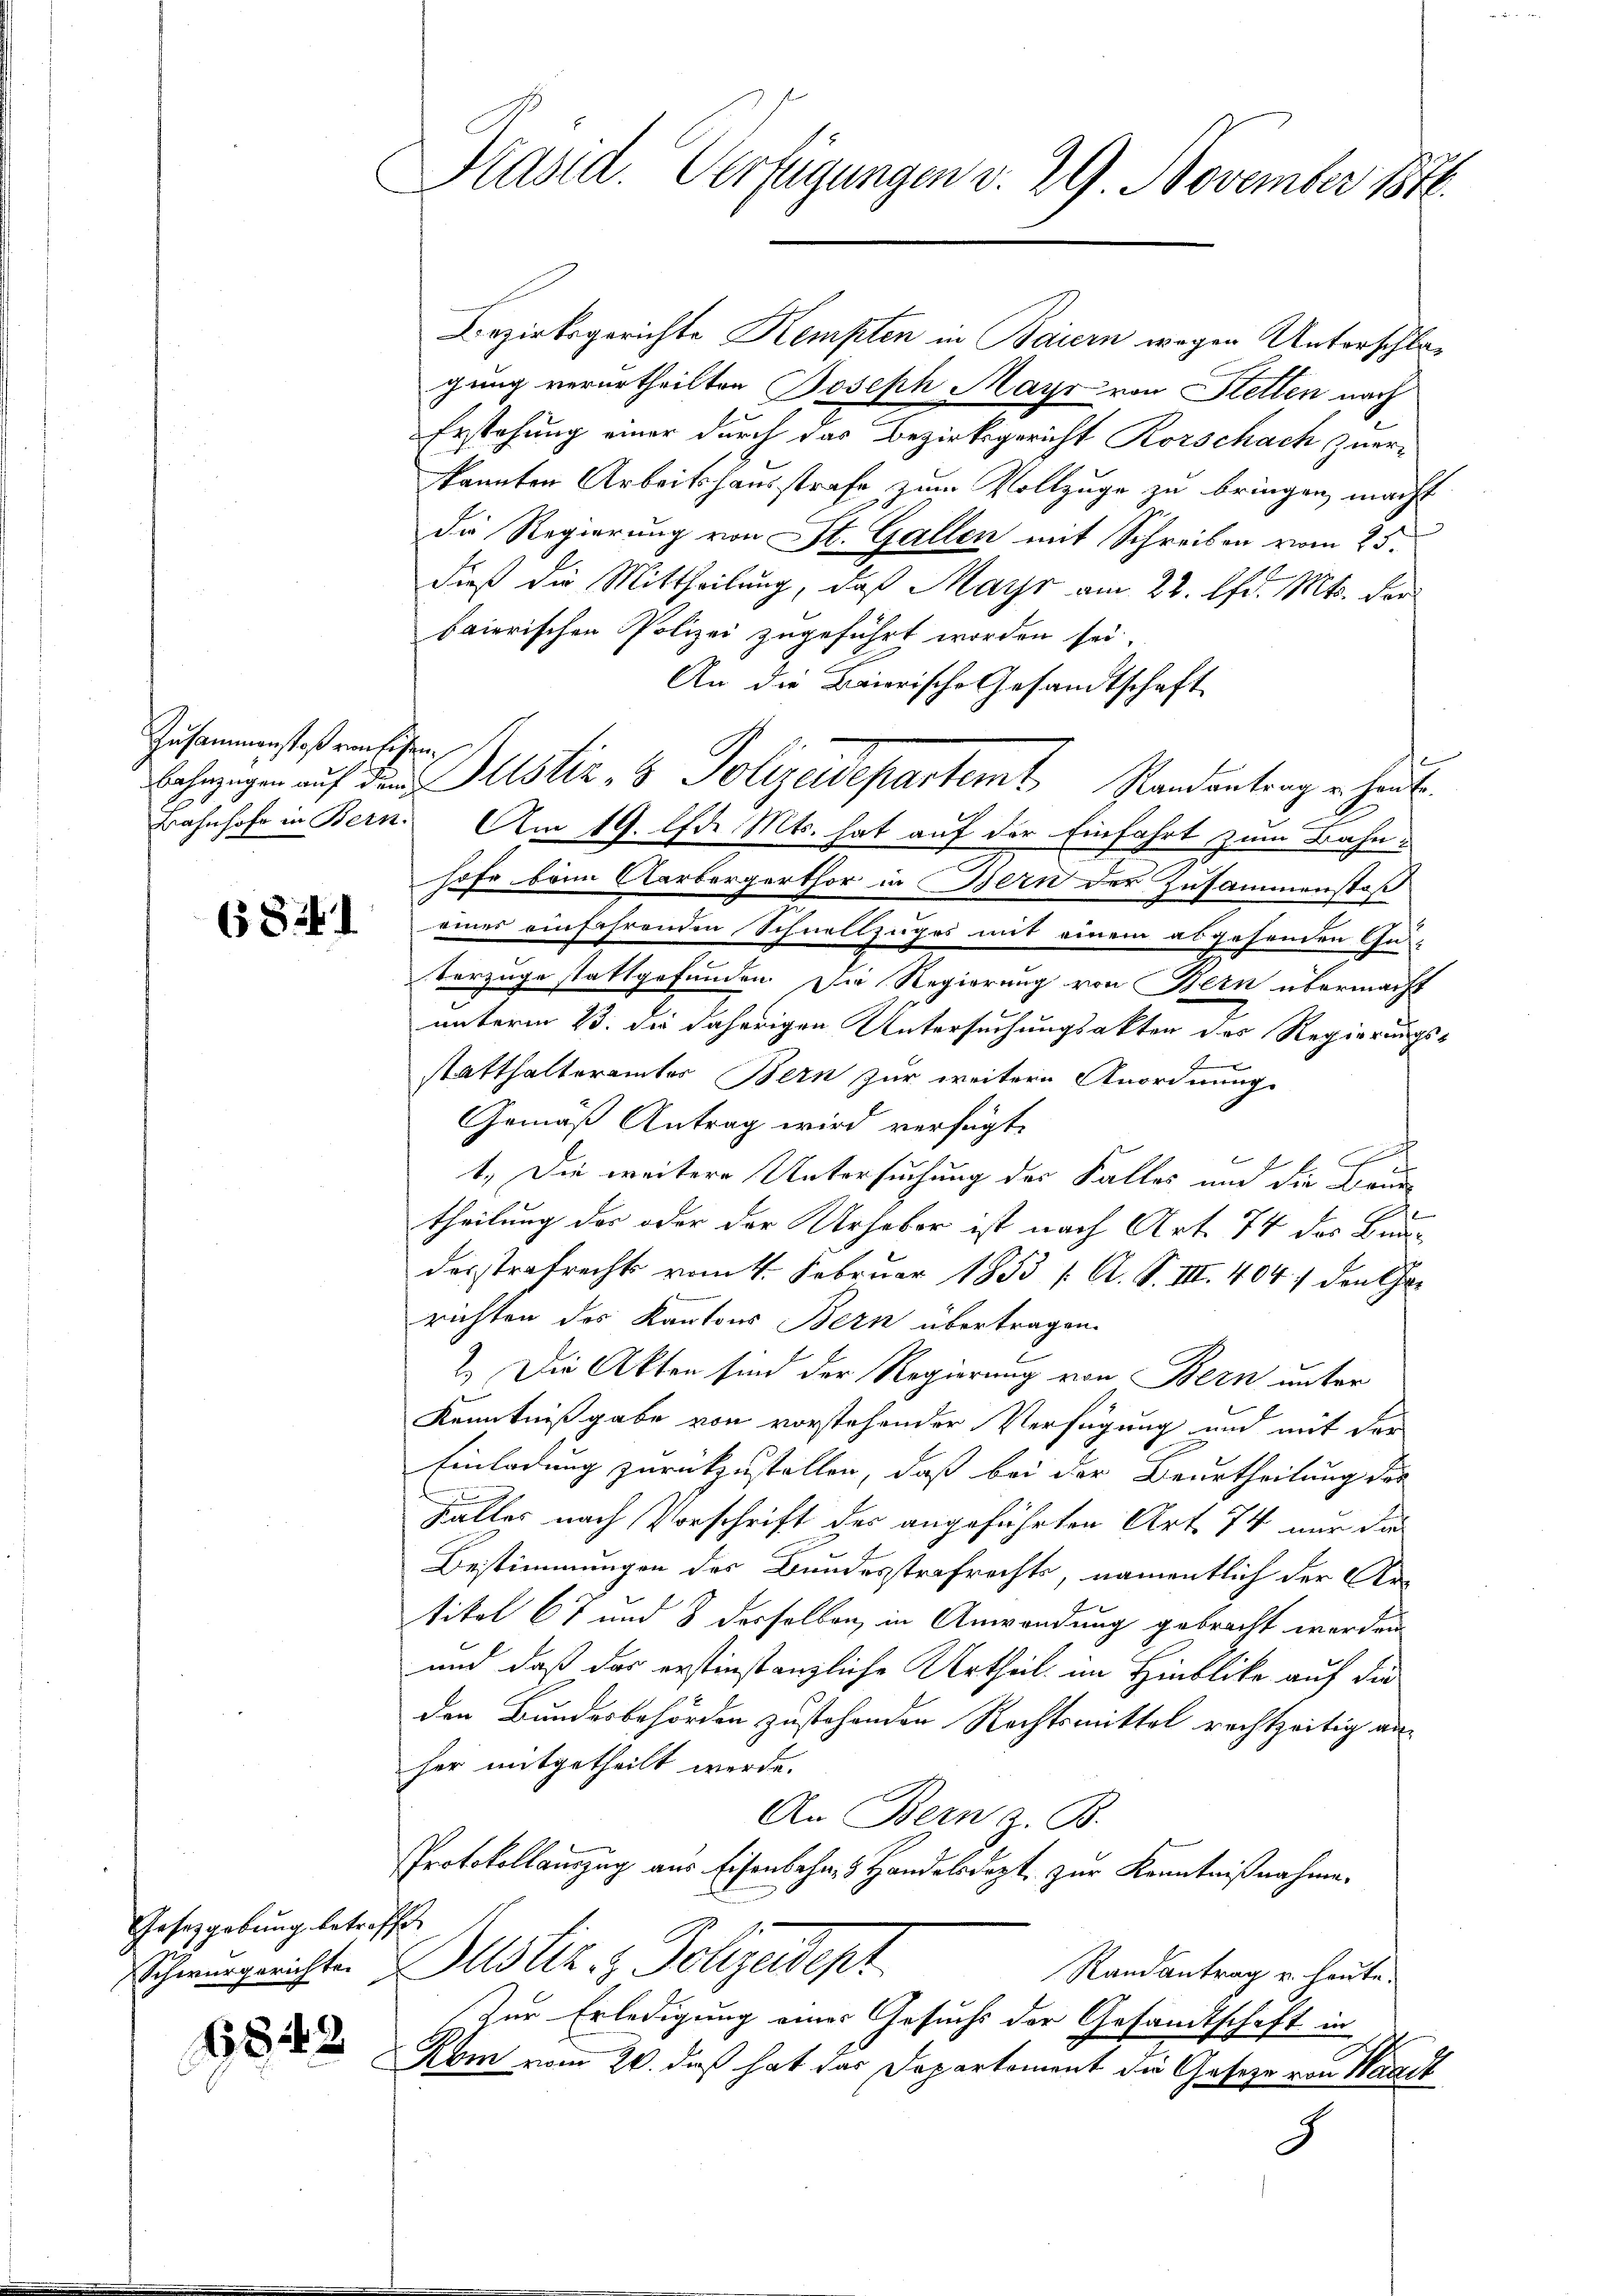
Zusammenstoß von Eisen,

68241

Gesetzgebung betroffe

6842

Präsid. Verfügungen v. 29. November 1846.

Bezirksgerichte Kempten in Baiern wegen Unterschlagung verurtheilten Joseph Mayr von Stetten nach
Erstehung einer durch das Bezirksgericht Korschach zuerkannten Arbeitshausstrafe zum Vollzuge zu bringen macht.
.
Die Regierung von St. Gallen mit Schreiben vom 25.
dieß die Mittheilung, daß Mayr am 22. Ad. Mts. der
baierischen Polizei zugeführt worden sei.
An die Baierische Gesandtschaft
Bahnhof in Bern. Am 19. d. Mts. hat auf der Einfahrt zum Bahn-
hofe beim Aarbergerthor in Bern der Zusammenstoß
eines einfahrenden Schnellzuges mit einem abgesenden Ge-
vorzüge stattgefunden. Die Regierung von Bern übermacht
unterm 23. die daherigen Untersuchungsakten des Regierungs-
statthalteramtes Bern zur weitere Anordnung.
Gemäß Antrag wird verfügt:
a
f
1.) Die weitere Untersuchung der Falles um die Brun
theilung der oder der Urheber ist nach Art. 74 des Bundesstrafrecht vom 4. Februar 1853 /: A. S. III. 404, den Char
richten des Kantons Bern übertragen.
2.) Die Akten sind der Regierung von Bern unter
Kenntnißgabe von vorstehender Verfügung und mit der
Einladung zurückzustellen, daß bei der Beurtheilung der
Falter nach Vorschrift des angeführten Art. 74 nur das
Bestimmungen des Bundesstrafrechts, namentlich der Artikel 67 und 8 derselben in Anwendung gebracht werden.
und daß das erstinstanzliche Urtheil im Hinblicke auf die
den Bundesbehörden zustehenden Rechtsmittel rechtzeitig anher mitgetheilt werde.
An Bern z. B.
Protokollauszug aus Eisenbahn, Handelsdept, zur Kenntnißnahme.
Schwurgerichte Motiz & Polizeidept
Randantrag u. heute.
Zur Erledigung eines Gesuchs der Gesandtschaft in
Kom vom 20. daß hat das Departement die Geseze von Waadt
3

Ehezigen auf den Justiz- & Polizeidepartemt Standentrag er heut